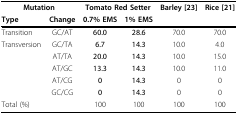
| <COLSPAN=2> Mutation | <COLSPAN=2> Tomato Red Setter | Barley [23] | Rice [21] |
 | Type | Change | 0.7% EMS | 1% EMS |  |  |
 | --- | --- | --- | --- | --- | --- |
 | Transition | GC/AT | 60.0 | 28.6 | 70.0 | 70.0 |
 | Transversion | GC/TA | 6.7 | 14.3 | 10.0 | 4.0 |
 |  | AT/TA | 20.0 | 14.3 | 10.0 | 15.0 |
 |  | AT/GC | 13.3 | 14.3 | 10.0 | 11.0 |
 |  | AT/CG | 0 | 14.3 | 0 | 0 |
 |  | GC/CG | 0 | 14.3 | 0 | 0 |
 | Total (%) |  | 100 | 100 | 100 | 100 |